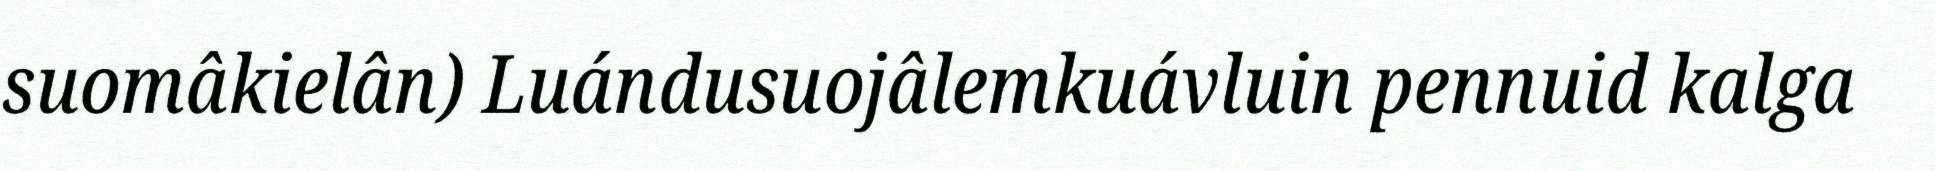
suomâkielân) Luándusuojâlemkuávluin pennuid kalga